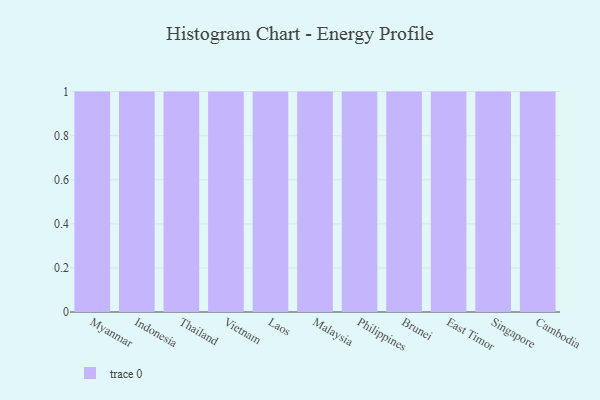
{"axis": {"x": "Country", "y": "Bounce Rate (%)"}, "legend": [""], "data": [{"x": "Myanmar", "y": 85, "type": ""}, {"x": "Indonesia", "y": 68, "type": ""}, {"x": "Thailand", "y": 8, "type": ""}, {"x": "Vietnam", "y": 33, "type": ""}, {"x": "Laos", "y": 77, "type": ""}, {"x": "Malaysia", "y": 98, "type": ""}, {"x": "Philippines", "y": 28, "type": ""}, {"x": "Brunei", "y": 78, "type": ""}, {"x": "East Timor", "y": 61, "type": ""}, {"x": "Singapore", "y": 87, "type": ""}, {"x": "Cambodia", "y": 73, "type": ""}]}